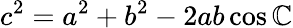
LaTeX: c^{2}=a^{2}+b^{2}-2ab\cos\mathbb{C}